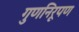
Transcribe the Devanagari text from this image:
गुणनिरूपण